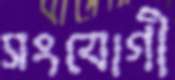
সংযোগী